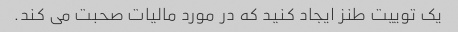
یک توییت طنز ایجاد کنید که در مورد مالیات صحبت می کند.